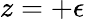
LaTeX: z=+\epsilon